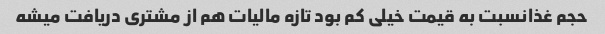
حجم غذانسبت به قیمت خیلی کم بود تازه مالیات هم از مشتری دریافت میشه